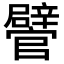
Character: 𨐽